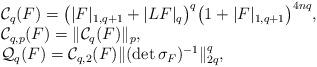
LaTeX: \begin{align*}\begin{array}{ll}&\mathcal{C}_q(F)=\big(|F|_{1,q+1}+|LF|_{q}\big)^ q\big(1+|F|_{1,q+1}\big)^ {4nq},\\ &\mathcal{C}_{q,p}(F)=\|\mathcal{C}_q(F)\|_ p,\\ &\mathcal{Q}_{q}(F)=\mathcal{C}_{q,2}(F)\|(\det \sigma_F)^ {-1}\|_{2q}^ q,\end{array}\end{align*}